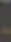
-